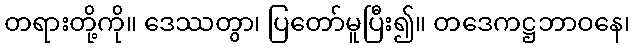
တရားတို့ကို။ ဒေဿတွာ၊ ပြတော်မူပြီး၍။ တဒေကဋ္ဌဘာဝနေ၊